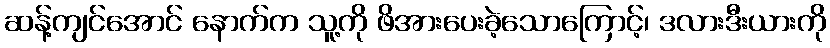
ဆန့်ကျင်အောင် နောက်က သူ့ကို ဖိအားပေးခဲ့သောကြောင့်၊ ဒလားဒီးယားကို